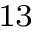
^ { 1 3 }